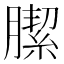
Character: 䐼